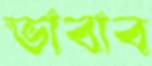
ভাবাব